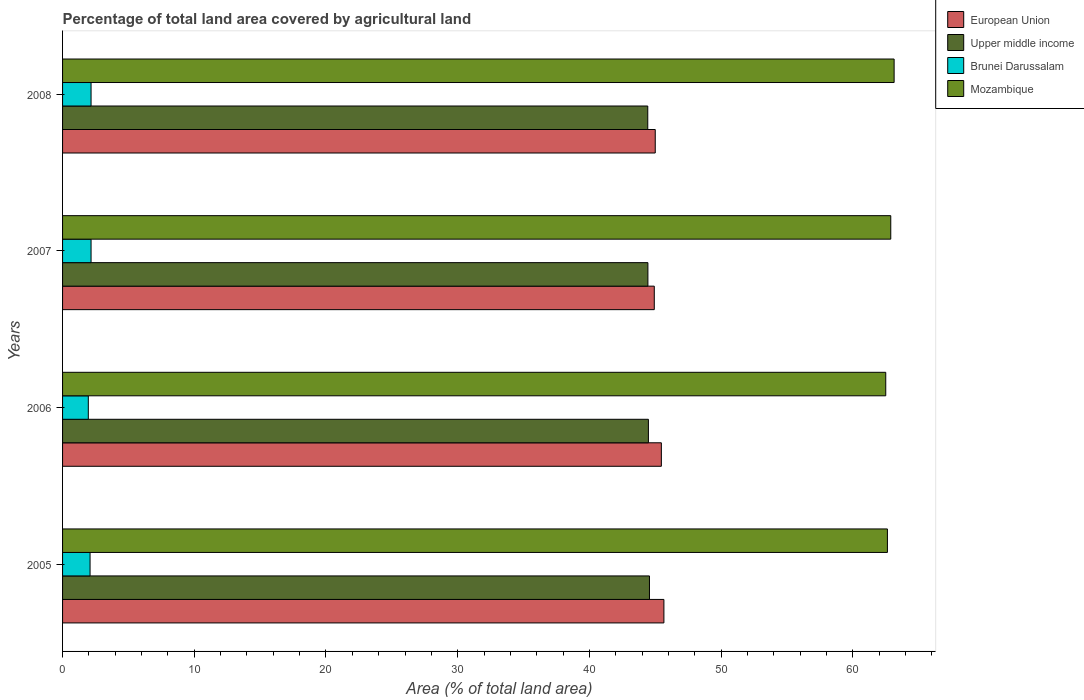
| Years | European Union | Upper middle income | Brunei Darussalam | Mozambique |
 | --- | --- | --- | --- | --- |
 | 2005 | 45.7 | 44.6 | 2.09 | 62.6 |
 | 2006 | 45.5 | 44.5 | 1.95 | 62.5 |
 | 2007 | 44.9 | 44.4 | 2.16 | 62.9 |
 | 2008 | 45 | 44.4 | 2.16 | 63.1 |